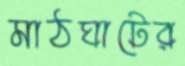
মাঠঘাটের